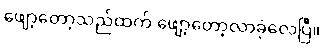
ဖျော့တော့သည်ထက် ဖျော့တော့လာခဲ့လေပြီ။